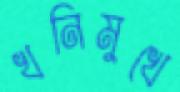
খনিমুখে